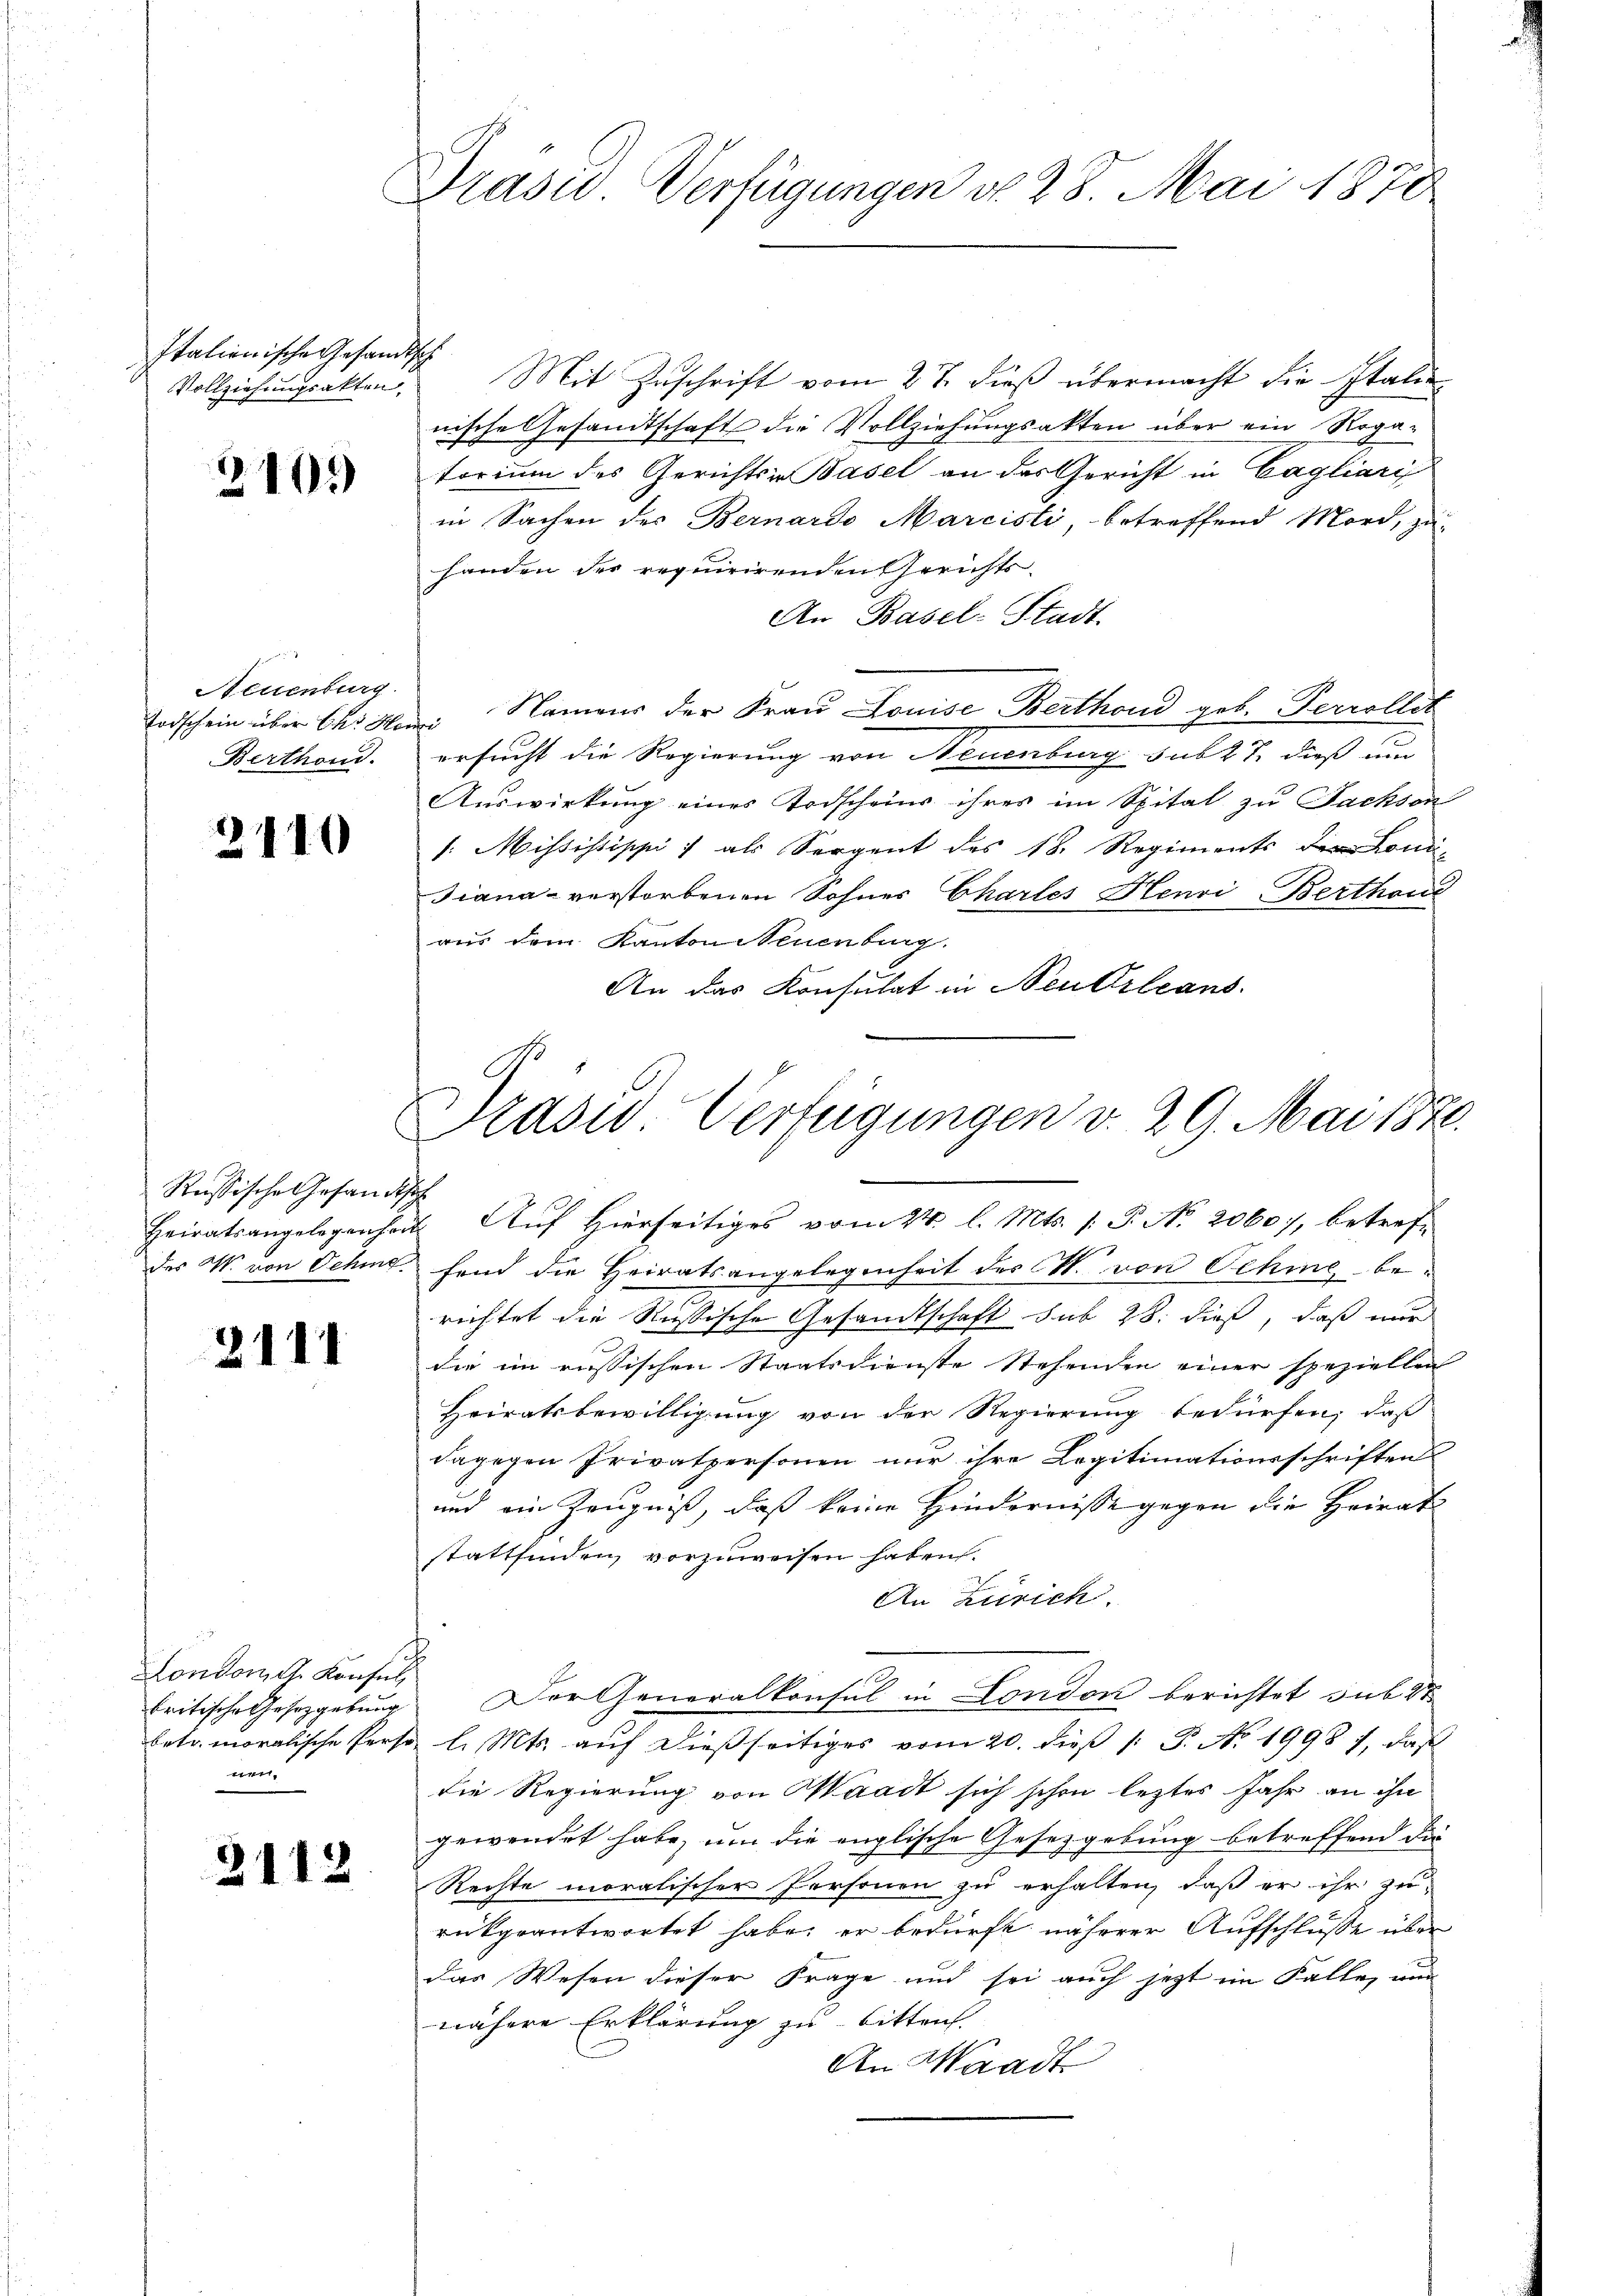
Italienische Gesandtsch
Vollziehungsakten.

3101

Neuenburg
Berthand.

2110

Russische Gesandtsch

2111

London dh. Konsul
britische Gesetzgebung
ner,

2112

Präsid Verfügungen d. 28. Mai 1870

b

Mit Zuschrift vom 27. dieß übermacht die Italie
nische Gesandtschaft die Vollziehungsakten über ein Rogatorium des Gerichts in Basel an der Gericht in Cagliaris
in Sachen des Bernardo Marcisti, betreffend Mord, zu-
handen der requirirenden Gerichts-
An Basel-Stadt.
Todschein über Ces Herr Namens der Frau Louise Berthond geb. Perrollet
ersucht die Regierung von Neuenburg sub 27. dieß um
Auswirkung eines Todscheins ihres im Spital zu Fachson
1. Missistippi / als Sergent des 18. Regiments Loui
Jiana verstorbenen Sohnes Chartes Henri-Berthand
aus dem Kanton Neuenburg.
An das Konsulat in Neutrleans
Prasis Verfügungen v. 29. Mai 1820.

e
Heiratsangelegenheit. Aŭf hierseitiges vom 24. l. Mts. 1. P. Nr. 2060, betref¬

des N. von Schme, fand die Heiratsangelegenheit der N. von Schine berichtet die Russische Gesandtschaft sub 28. dieß, daß nur
die im russischen Staatsdienste Stehenden einer speziellen
Heiratsbewilligung von der Regierung bedürfen, daß
dagegen Privatpersonen nur ihre Legitimationsschriften
und ein Zeugniß, daß keine Hindernisse gegen die Heirat
stattfinden, vorzuweisen haben.
An Zürich.
Der Generalkonsul in London berichtet sub 27
betr. moralische Perst l. Mts. auf dießseitiges vom 20. dieß (: S. No. 1998), daß
die Regierung von Waadt sich schon leztes Jahr an ihn
gewendet habe, um die englische Gesetzgebung betreffend die
Rechte moralischer Personen zu erhalten, daß er ihr zu
rükgeantwortet habe; er bedürft näherer Aufschlusse über
das Wesen dieser Frage und sei auch jetzt im Falle, und
nähere Erklärung zu bitten.
An Waadt